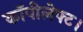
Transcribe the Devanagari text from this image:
कॉपीलेफ्ट।